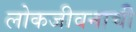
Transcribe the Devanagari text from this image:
लोकजीवनाची